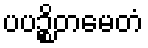
ပပဉ္စိတမေတံ